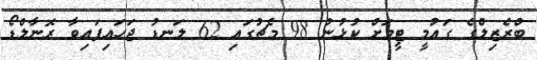
ބްރެޒިލްގެ ގައުމީ ޓީމަށް ކުޅުނު 98 މެޗުގައި 62 ލަނޑު ޖަހައިފައިވާ ރޮނާލްޑޯ